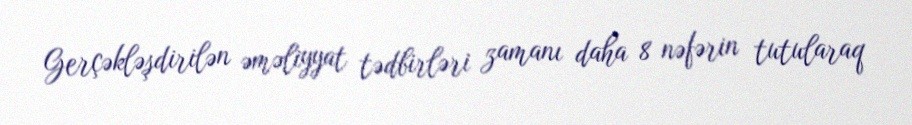
Gerçəkləşdirilən əməliyyat tədbirləri zamanı daha 8 nəfərin tutularaq